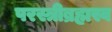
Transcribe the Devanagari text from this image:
परस्त्रीब्रह्मस्व